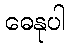
ဓေနုပါ